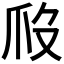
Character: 𤓶